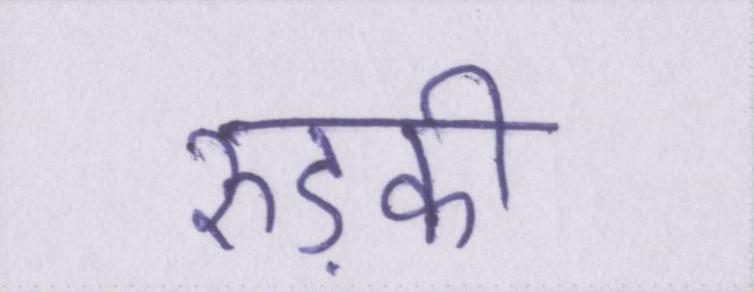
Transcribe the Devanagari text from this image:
रुड़की